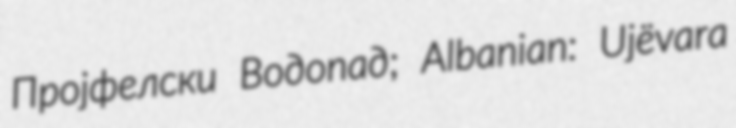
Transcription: Пројфелски Водопад; Albanian: Ujëvara